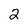
Character: 2